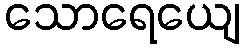
သောရေယျေ